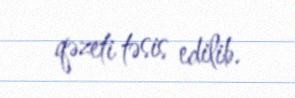
qəzeti təsis edilib.